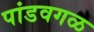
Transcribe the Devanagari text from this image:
पांडवगळ